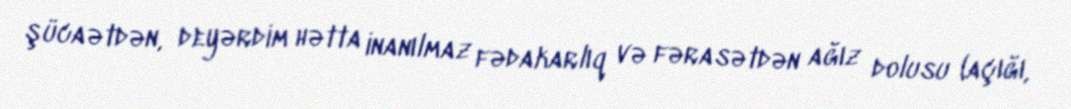
şücaətdən, deyərdim hətta inanılmaz fədakarlıq və fərasətdən ağız dolusu (açığı,